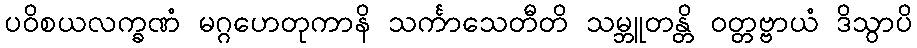
ပဝိစယလက္ခဏံ မဂ္ဂဟေတုကာနိ သင်္ကာသေတီတိ သမ္ဘူတန္တိ ဝတ္တဗ္ဗာယံ ဒိသွာပိ